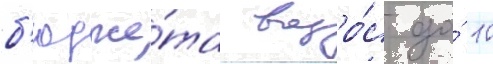
б'юдже́та возро́с до́ 10